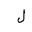
Letter: _lam